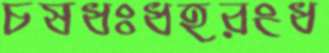
চষধঃধহরংধ